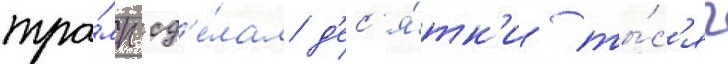
тра́мп сд'е́лал д'ес'я́тк'и ты́с'яч